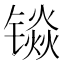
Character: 𮸡